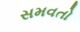
સમવતો